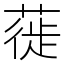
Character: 蓰